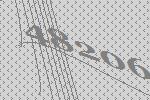
48206